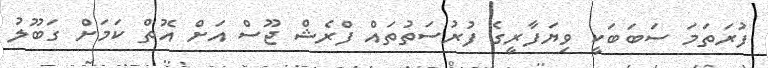
ފުރަތަމަ ސަބަބަކީ ވިޔަފާރީގެ ފުރުސަތުތައް ފްރެޝް ޖޫސް އަށް އޮތް ކަމަށް ގަބޫލު